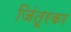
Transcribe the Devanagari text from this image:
जिंतूरकर